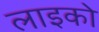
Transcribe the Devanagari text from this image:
लाइको